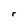
Character: r